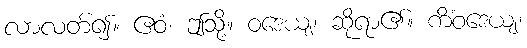
လာလတ်၍။ ဧဝံ၊ ဤသို့။ ဝဒေယျ၊ ဆိုရာ၏။ ကိံဝဒေယျ၊